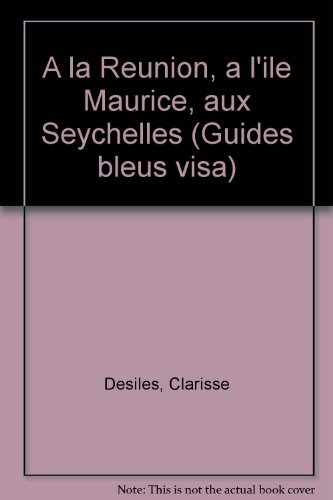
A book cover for A la Reunion, a l'ile Maurice, aux Seychelles (Guides bleus visa) (French Edition); Clarisse Desiles; Travel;